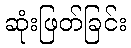
ဆုံးဖြတ်ခြင်း